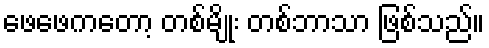
ဖေဖေကတော့ တစ်မျိုး တစ်ဘာသာ ဖြစ်သည်။